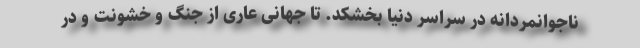
ناجوانمردانه در سراسر دنیا بخشکد. تا جهانی عاری از جنگ و خشونت و در